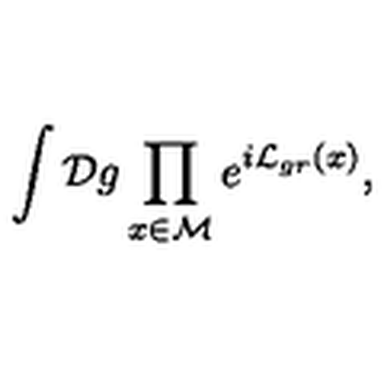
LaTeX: \int { \cal D } g \prod _ { x \in \cal M } e ^ { i { \cal L } _ { g r } ( x ) } ,